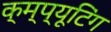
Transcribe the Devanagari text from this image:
क्म्प्यूटिंग